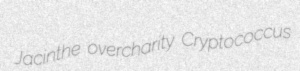
Jacinthe overcharity Cryptococcus